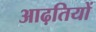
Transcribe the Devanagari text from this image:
आढ़तियों